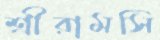
শ্রীরামসি